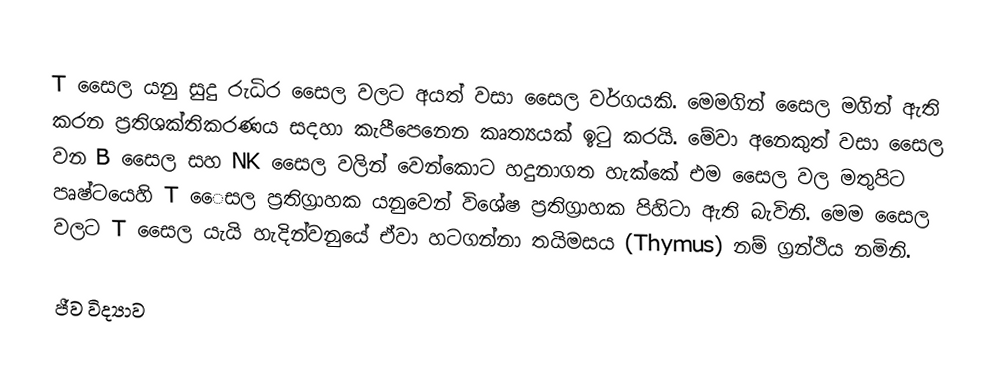
T සෛල යනු සුදු රුධිර සෛල වලට අයත් වසා සෛල වර්ගයකි. මෙමගින් සෛල මගින් ඇති කරන ප්‍රතිශක්තිකරණය සදහා කැපීපෙනෙන කෘත්‍යයක් ඉටු කරයි. මේවා අනෙකුත් වසා සෛල වන B සෛල සහ NK සෛල වලින් වෙන්කොට හදුනාගත හැක්කේ එම සෛල වල මතුපිට පෘෂ්ටයෙහි T ‍ෛසල ප්‍රතිග්‍රාහක යනුවෙන් විශේෂ ප්‍රතිග්‍රාහක පිහිටා ඇති බැවිනි. මෙම සෛල වලට T සෛල යැයි හැදින්වනුයේ ඒවා හටගන්නා තයිමසය (Thymus) නම් ග්‍රන්ථිය නමිනි.

ජීව විද්‍යාව